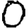
Digit: 0